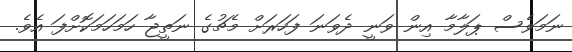
ނަމަވެސް ޕަލާމާ އިން ވަނީ ދެވަނަ ފަހަރަށް މެޗުގެ ނަތީޖާ ހަމަހަމަކޮށްފަ އެވެ.